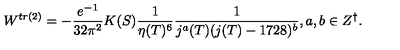
W ^ { t r ( 2 ) } = - \frac { e ^ { - 1 } } { 3 2 \pi ^ { 2 } } K ( S ) \frac { 1 } { \eta ( T ) ^ { 6 } } \frac { 1 } { j ^ { a } ( T ) ( j ( T ) - 1 7 2 8 ) ^ { b } } , a , b \in Z ^ { \dagger } .